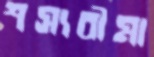
শস্যবীমা